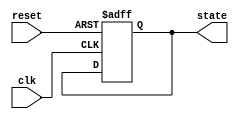
module StateInitialization #(
    parameter STATE_WIDTH = 4,              // Width of the state
    parameter INITIAL_STATE = 4'b0000       // Default initial state (STATE_0)
)(
    input  wire clk,                         // Clock signal
    input  wire reset,                       // Reset signal (active high)
    output reg  [STATE_WIDTH-1:0] state     // Current state output
);

    // State transition logic (placeholder for actual FSM logic)
    always @(posedge clk or posedge reset) begin
        if (reset) begin
            // On reset, initialize to the predefined state
            state <= INITIAL_STATE;
        end else begin
            // State transition logic can be added here
            // Example: state <= next_state; // Update with next state
        end
    end

endmodule